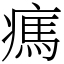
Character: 㾺